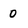
Character: 0